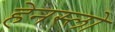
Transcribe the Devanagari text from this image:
हेनस्लो